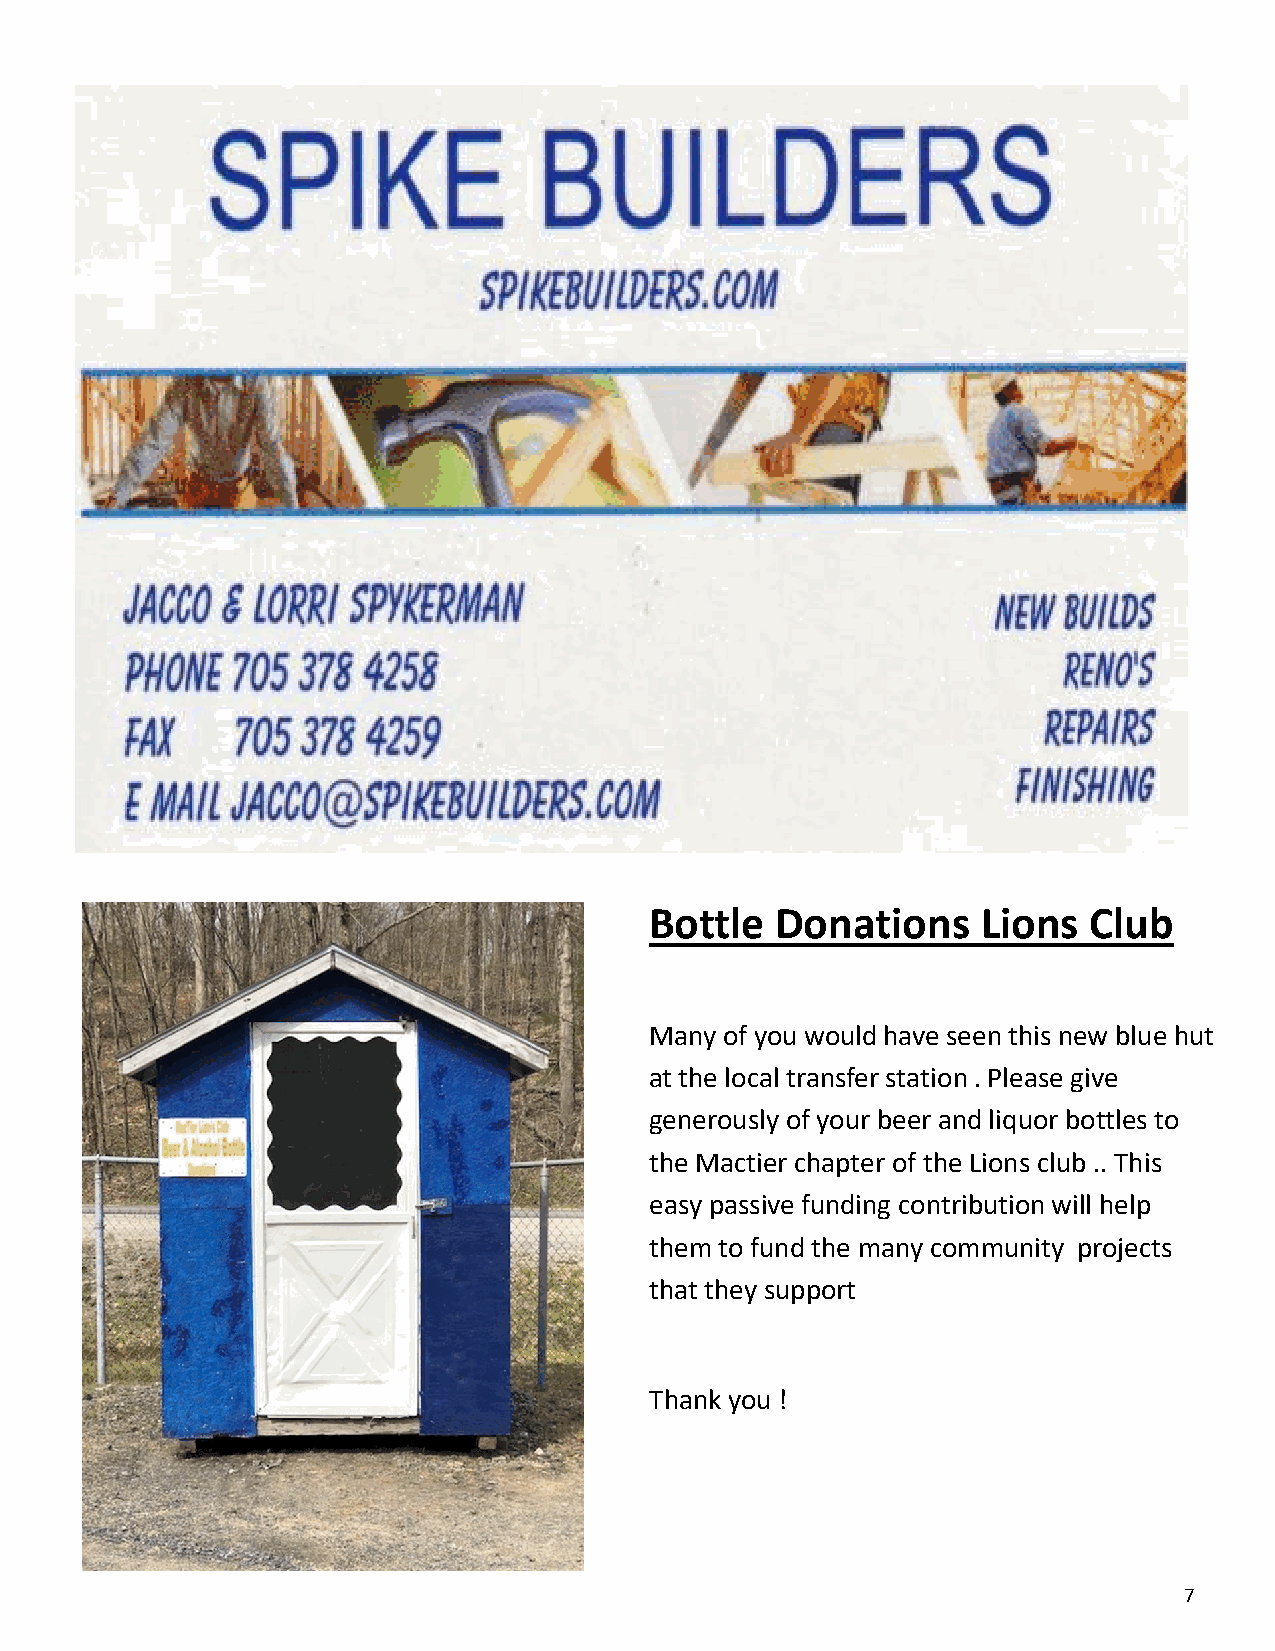
Bottle  Donations     Lions  Club
 Many of you would have seen this new blue hut
 at the local transfer station . Please give
 generously of your beer and liquor bottles to
 the Mactier chapter of the Lions club .. This
 easy passive funding contribution will help
 them to fund the many community projects
 that they support
 Thank you !
 7